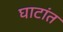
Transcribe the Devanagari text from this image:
घाटांत